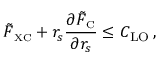
\tilde { F } _ { \scriptscriptstyle \mathrm { X C } } + r _ { s } \frac { \partial \tilde { F } _ { \scriptscriptstyle \mathrm { C } } } { \partial r _ { s } } \leq C _ { \mathrm { L O } } \, ,